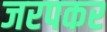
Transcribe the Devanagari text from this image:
जरपकर